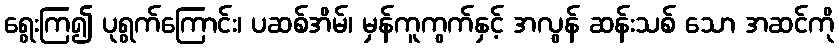
ရွေးကြ၍ ပုရွက်ကြောင်း၊ ပဆစ်အိမ်၊ မှန်ကူကွက်နှင့် အလွန် ဆန်းသစ် သော အဆင်ကို